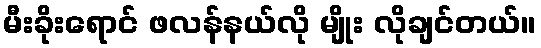
မီးခိုးရောင် ဖလန်နယ်လို မျိုး လိုချင်တယ်။